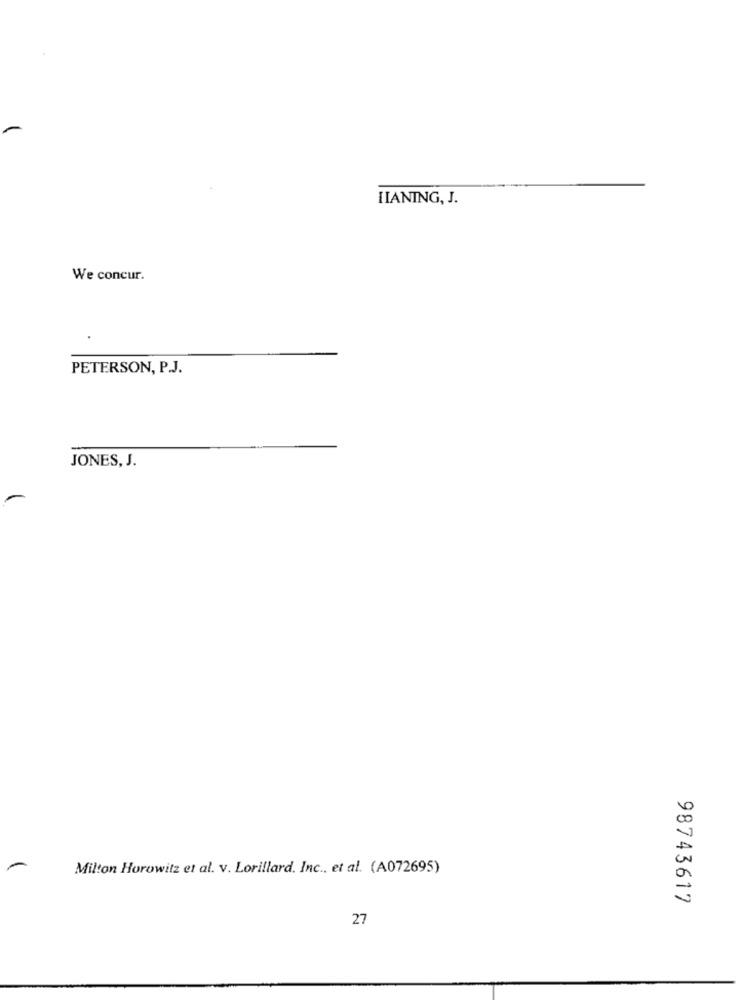
IIANING, J.
We concur.
PETERSON, P.J.
JONES, J.
Milton Horowitz et al. v. Lorillard. Inc ., et al. (A072695)
98743617
27